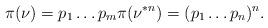
LaTeX: \begin{align*}\pi(\nu)=p_1\dots p_m\pi(\nu^{\ast n})=(p_1\dots p_n)^n.\end{align*}